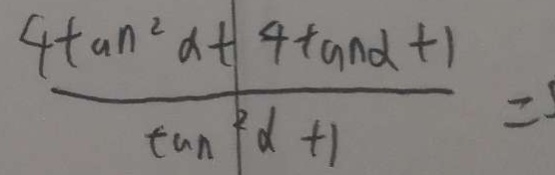
\frac { 4 \tan ^ { 2 } a + 4 \tan \alpha + 1 } { \tan ^ { 2 } \alpha + 1 } =